Papers set at the Examination for Leaving Certificates, 1891
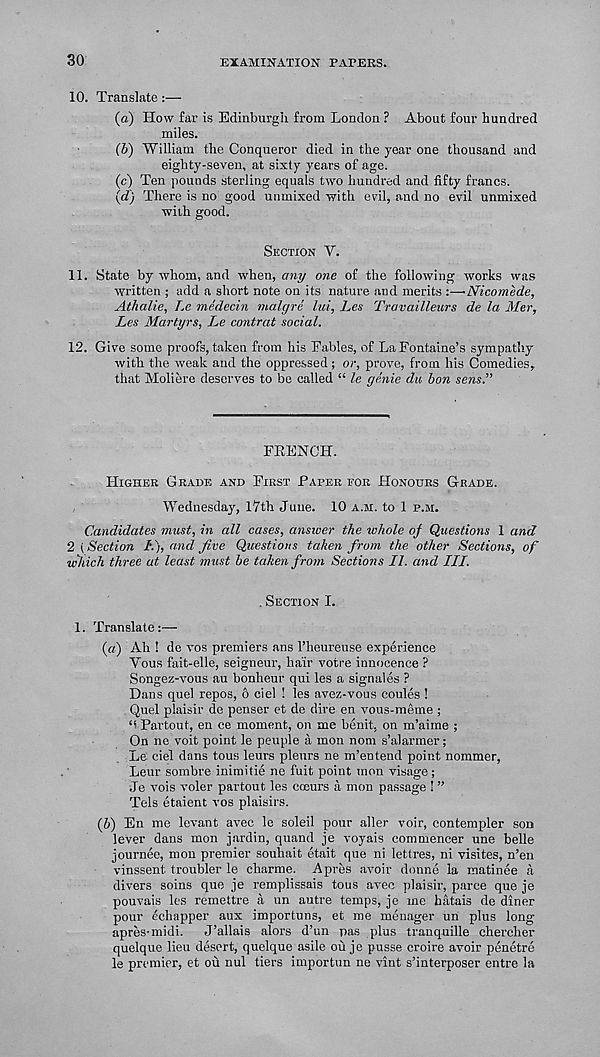
30
EXAMINATION PAPERS.
10. Translate :•—-
(а) How far is Edinburgh from London ? About four hundred
miles.
(б) William the Conqueror died in the year one thousand and
eighty-seven, at sixty years of age.
(c) Ten pounds sterling equals two hundred and fifty francs.
(d) There is no good unmixed with evil, and no evil unmixed
with good.
SECTION V.
11. State by whom, and when,
one of the following works was
written ; add a short note on its nature and merits :—Nicomede,
Athalie, T.e medecin malgre lui, Les Travailleurs de la Mer,
Les Martyrs, Le contrat social.
12. Give some proofs, taken from his Fables, of La Fontaine’s sympathy
with the weak and the oppressed ; or, prove, from his Comedies,
that Moliere deserves to be called “ le genie du bon sens.”
FRENCH.
HIGHER GRADE AND FIRST PAPER FOR HONOURS GRADE.
Wednesday, 17th June. 10 A.M. to 1 P.M.
Candidates must, in all cases, answer the whole of Questions 1 and
2 {Section I‘.), and Jive Questions taken from the other Sections, of
which three at least must be taken from Sections II. and III.
. SECTION I.
1. Translate:—
(a) Ah ! de vos premiers ans 1’heureuse experience
Yous fait-elle, seigneur, hair votre innocence ?
Songez-vous au bonheur qui les a signales ?
Dans quel repos, 6 ciel ! les avez-vous coules !
Quel plaisir de penser et de dire en vous-meme ;
G Partout, en ce moment, on me benit, on m’aiine ;
On ne voit point le people a mon nom s’alarmer;
Le ciel dans tous leurs pleurs ne m’entend point nommer,
Leur sombre inimitie ne fuit point mon visage;
Je vois voler partout les coeurs a mon passage ! ”
Tels etaient vos plaisirs.
(5) En me levant avec le soleil pour aller voir, contempler son
lever dans mon jardin, quand je voyais commencer une belle
journee, mon premier souhait etait que ni lettres, ni visites, n’en
vinssent troubler le charme. A pres avoir donne la matinee a
divers soins que je remplissais tous avec plaisir, parce que je
pouvais les remettre a un autre temps, je me hatais de diner
pour echapper aux importuns, et me menager un plus long
apres-midi.
J’allais alors d’un pas plus tranquille chercher
quelque lieu desert, quelque asile ou je pusse croire avoir penetre
le premier, et ou nul tiers importun ne vint s’interposer entre la